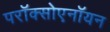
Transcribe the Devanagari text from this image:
परॉक्सोएनॉयन